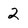
Character: 2